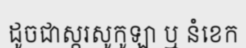
ដូចជាស្ករសូកូឡា ឬ នំខេក